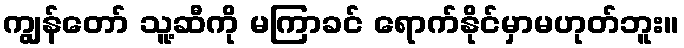
ကျွန်တော် သူ့ဆီကို မကြာခင် ရောက်နိုင်မှာမဟုတ်ဘူး။